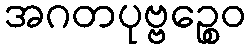
အဂတပုဗ္ဗဉ္စေဝ